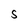
Character: S